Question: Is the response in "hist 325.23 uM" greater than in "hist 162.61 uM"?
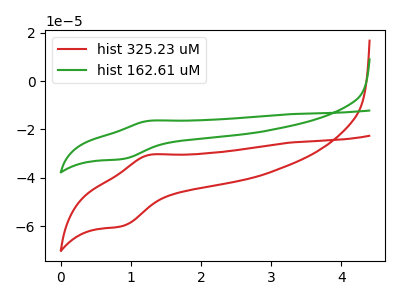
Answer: <think>The red curve "hist 325.23 uM" has an anodic peak at (1.25V, -30.50uA) and a cathodic peak at (0.90V, -60.00uA). The green curve "hist 162.61 uM" has an anodic peak at (1.25V, -16.40uA) and a cathodic peak at (0.90V, -32.25uA).
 All the peaks in "hist 325.23 uM" have a peak in "hist 162.61 uM" at the same potential.</think>
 <answer>I cant tell if "hist 325.23 uM" or "hist 162.61 uM" has more signal.</answer>
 <eval>mixed_signal</eval>